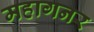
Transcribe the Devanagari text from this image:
महागनर